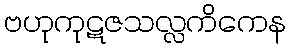
ဗဟုကုဋဇသလ္လကိကေန